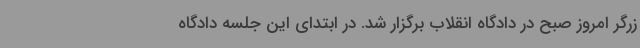
زرگر امروز صبح در دادگاه انقلاب برگزار شد. در ابتدای این جلسه دادگاه